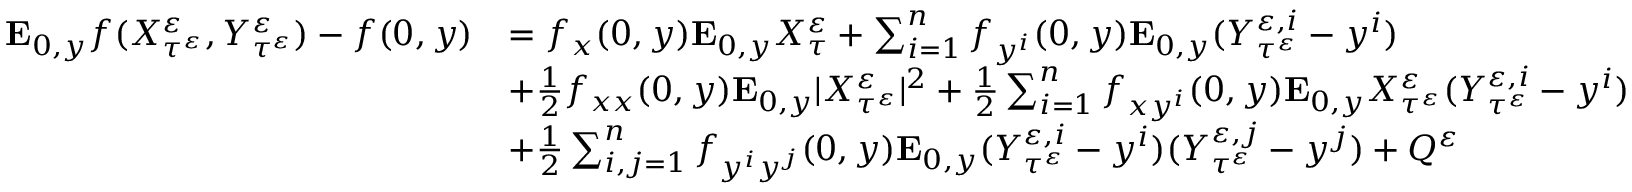
\begin{array} { r l } { \mathbf { E } _ { 0 , y } f ( X _ { \tau ^ { \varepsilon } } ^ { \varepsilon } , Y _ { \tau ^ { \varepsilon } } ^ { \varepsilon } ) - f ( 0 , y ) } & { = f _ { x } ( 0 , y ) \mathbf { E } _ { 0 , y } X _ { \tau } ^ { \varepsilon } + \sum _ { i = 1 } ^ { n } f _ { y ^ { i } } ( 0 , y ) \mathbf { E } _ { 0 , y } ( Y _ { \tau ^ { \varepsilon } } ^ { \varepsilon , i } - y ^ { i } ) } \\ & { + \frac { 1 } { 2 } f _ { x x } ( 0 , y ) \mathbf { E } _ { 0 , y } | X _ { \tau ^ { \varepsilon } } ^ { \varepsilon } | ^ { 2 } + \frac { 1 } { 2 } \sum _ { i = 1 } ^ { n } f _ { x y ^ { i } } ( 0 , y ) \mathbf { E } _ { 0 , y } X _ { \tau ^ { \varepsilon } } ^ { \varepsilon } ( Y _ { \tau ^ { \varepsilon } } ^ { \varepsilon , i } - y ^ { i } ) } \\ & { + \frac 1 2 \sum _ { i , j = 1 } ^ { n } f _ { y ^ { i } y ^ { j } } ( 0 , y ) \mathbf { E } _ { 0 , y } ( Y _ { \tau ^ { \varepsilon } } ^ { \varepsilon , i } - y ^ { i } ) ( Y _ { \tau ^ { \varepsilon } } ^ { \varepsilon , j } - y ^ { j } ) + Q ^ { \varepsilon } } \end{array}